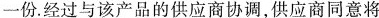
一份。经过与该产品的供应商协调，供应商同意将